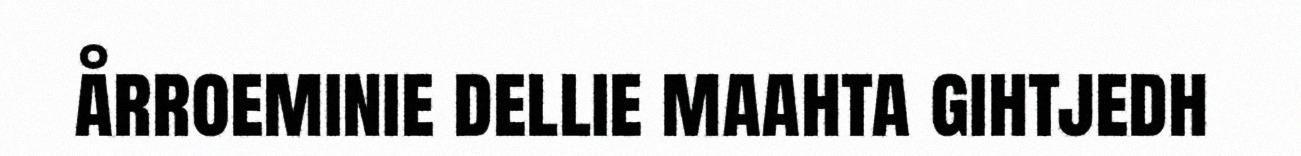
årroeminie dellie maahta gihtjedh